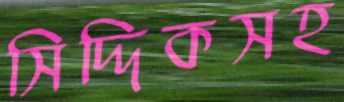
সিদ্দিকসহ